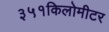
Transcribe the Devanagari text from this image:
३५१किलोमीटर